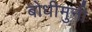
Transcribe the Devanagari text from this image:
बोधीमुनी